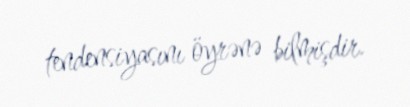
tendensiyasını öyrənə bilmişdir.